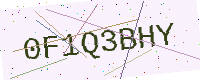
Text: 0F1Q3BHY